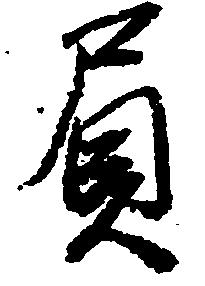
負